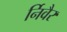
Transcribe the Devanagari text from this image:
र्निवैर